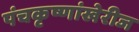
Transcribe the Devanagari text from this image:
पंचकृष्णांखेरीज